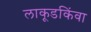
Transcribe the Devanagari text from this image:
लाकूडकिंवा